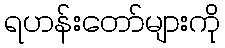
ရဟန်းတော်များကို